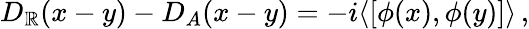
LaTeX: D_{\mathbb{R}}(x-y)-D_{A}(x-y)=-i\langle[\phi(x),\phi(y)]\rangle\, ,